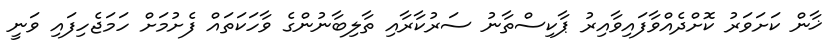
ޚާން ކަށަވަރު ކޮށްދެއްވާފައިވާއިރު ޕާކިސްތާނު ސަރުކާރާއި ތާލިބާނުންގެ ވާހަކަތައް ފެށުމަށް ހަމަޖެހިފައި ވަނީ